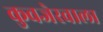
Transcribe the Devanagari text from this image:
कुवजेरवाला